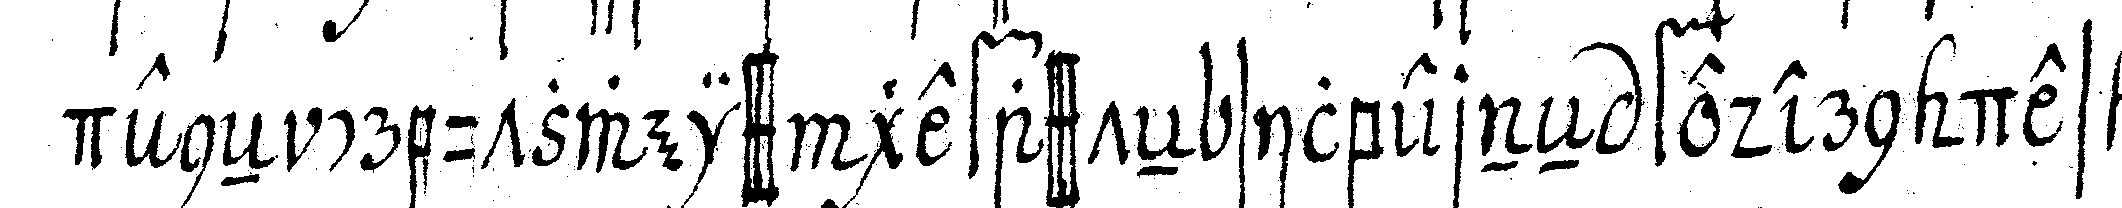
deneN creutzweiss gefassteN silberneN federn des